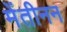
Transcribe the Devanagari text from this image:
मेंतीनन